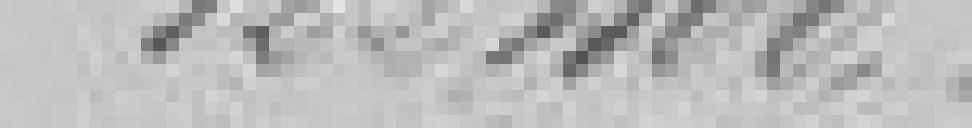
122.400